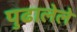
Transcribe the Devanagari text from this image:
पुढालेले